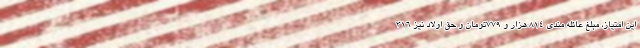
این امتیاز، مبلغ عائله مندی ۸۱۴ هزار و ۷۷۹تومان و حق اولاد نیز ۳۱۶